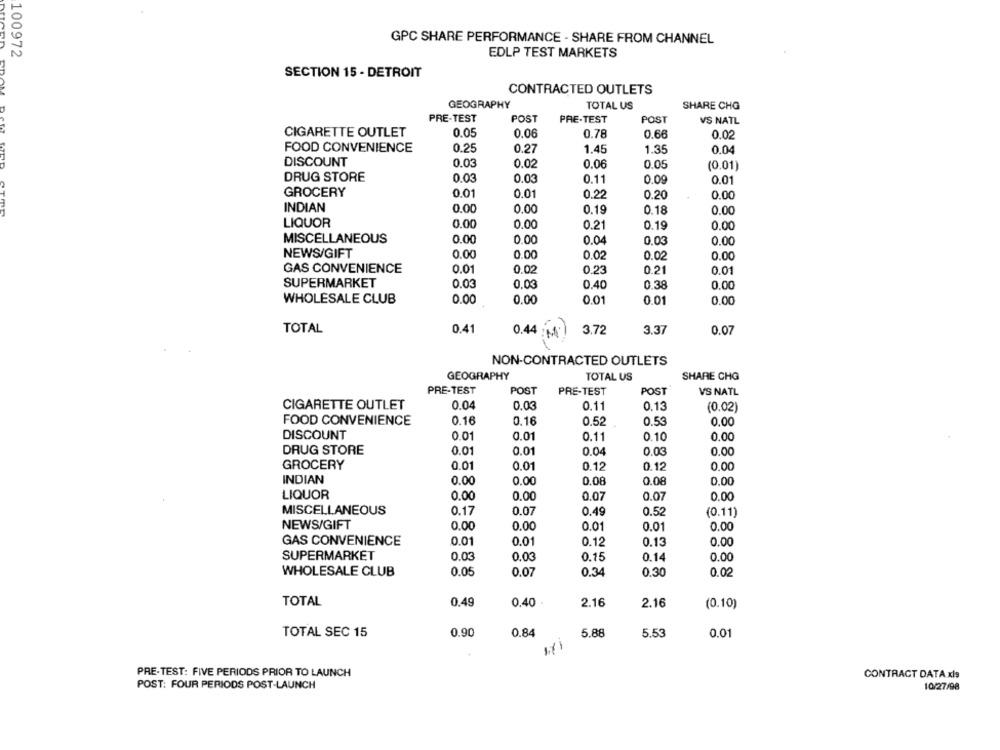
GPC SHARE PERFORMANCE - SHARE FROM CHANNEL
100972
EDLP TEST MARKETS
SECTION 15 - DETROIT
CONTRACTED OUTLETS
GEOGRAPHY
TOTAL US
SHARE CHG
PRE-TEST
POST
PRE-TEST
POST
VS NATL
CIGARETTE OUTLET
0.05
0.06
0.78
0.66
0.02
FOOD CONVENIENCE
0.25
0.27
1.45
1.35
0.04
DISCOUNT
0.03
0.02
0.06
0.05
(0.01)
DRUG STORE
0.03
0.03
0.11
0.09
0.01
GROCERY
0.01
0.01
0.22
0.20
0.00
INDIAN
0.00
0.00
0.19
0.18
0.00
LIQUOR
0.00
0.00
0.21
0.19
0.00
MISCELLANEOUS
0.00
0.00
0.04
0.03
0.00
NEWS/GIFT
0.00
0.00
0.02
0.02
0.00
GAS CONVENIENCE
0.01
0.02
0.23
0.21
0.01
SUPERMARKET
0.03
0.03
0.40
0.38
0.00
WHOLESALE CLUB
0.00
0.00
0.01
0.01
0.00
TOTAL
0.41
3.72
3.37
0.07
0.44 (4)
NON-CONTRACTED OUTLETS
GEOGRAPHY
TOTAL US
SHARE CHG
PRE-TEST
POST
PRE-TEST
POST
VS NATL
CIGARETTE OUTLET
0.04
0.03
0.11
0.13
(0.02)
FOOD CONVENIENCE
0.16
0.16
0.52
0.53
0.00
DISCOUNT
0.01
0.01
0.11
0.10
0.00
DRUG STORE
0.01
0.01
0.04
0.03
0.00
GROCERY
0.01
0.01
0.12
0.00
0.12
INDIAN
0.00
0.00
0.08
0.08
0.00
LIQUOR
0.07
0.00
0.00
0.00
0.07
MISCELLANEOUS
0.07
0.49
0.17
0.52
(0.11]
NEWS/GIFT
0.00
0.00
0.01
0.01
0.00
0.01
GAS CONVENIENCE
0.01
0.12
0.13
0.00
SUPERMARKET
0.03
0.03
0.15
0.14
0.00
WHOLESALE CLUB
0.05
0.07
0.34
0.30
0.02
TOTAL
0.49
0.40
2.16
2.16
(0.10)
TOTAL SEC 15
0.90
0.84
5.88
5.53
0.01
PRE-TEST: FIVE PERIODS PRIOR TO LAUNCH
CONTRACT DATA xls
POST: FOUR PERIODS POST-LAUNCH
10/27/98